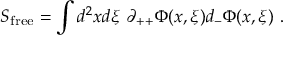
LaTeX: S _ { \mathrm { f r e e } } = \int d ^ { 2 } x d \xi \, \, \partial _ { + + } \Phi ( x , \xi ) d _ { - } \Phi ( x , \xi ) \, \, .